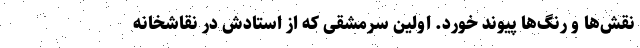
نقش‌ها و رنگ‌ها پیوند خورد. اولین سرمشقی که از استادش در نقاشخانه